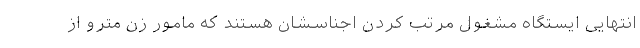
انتهایی ایستگاه مشغول مرتب کردن اجناسشان هستند که مامور زن مترو از